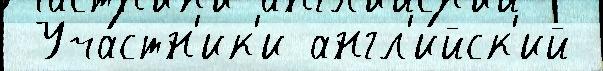
 Уча́стн'ик'и англ'и́йск'ий